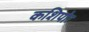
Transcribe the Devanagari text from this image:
कशिपोः